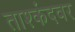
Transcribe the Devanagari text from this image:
ताश्कंदवर